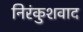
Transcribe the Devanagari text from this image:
निरंकुशवाद